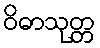
ဝိဓာသုတ္တ